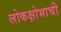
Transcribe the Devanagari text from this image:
लोकक्षोभाची